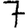
Digit: 7